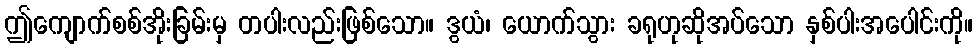
ဤကျောက်စစ်အိုးခြမ်းမှ တပါးလည်းဖြစ်သော။ ဒွယံ၊ ယောက်သွား ခရုဟုဆိုအပ်သော နှစ်ပါးအပေါင်းကို။